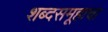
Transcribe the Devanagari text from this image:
शब्दसमूहाचा